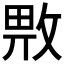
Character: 𱡜